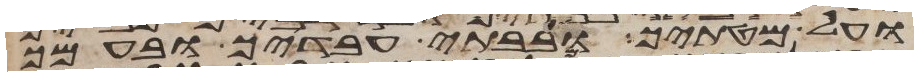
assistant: ועל מטתיך ובבתי עבדיך ובעמך